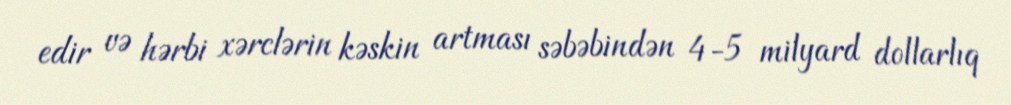
edir və hərbi xərclərin kəskin artması səbəbindən 4-5 milyard dollarlıq